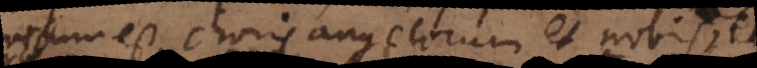
visum est choris angelorum et nobis,